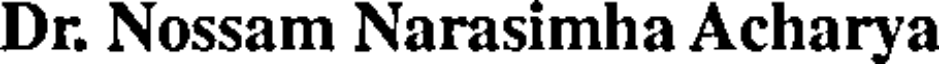
Dr. Nossam Narasimha Acharya